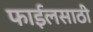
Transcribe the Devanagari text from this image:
फाईलसाठी